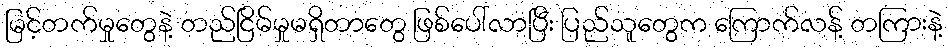
မြင့်တက်မှုတွေနဲ့ တည်ငြိမ်မှုမရှိတာတွေ ဖြစ်ပေါ်လာပြီး ပြည်သူတွေက ကြောက်လန့် တကြားနဲ့